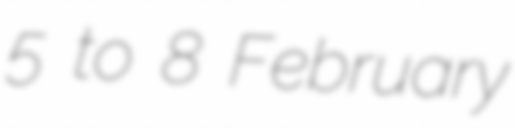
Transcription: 5 to 8 February